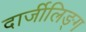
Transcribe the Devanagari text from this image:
दार्जीलिङ्ग